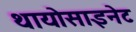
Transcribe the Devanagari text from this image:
थायोसाइनेट